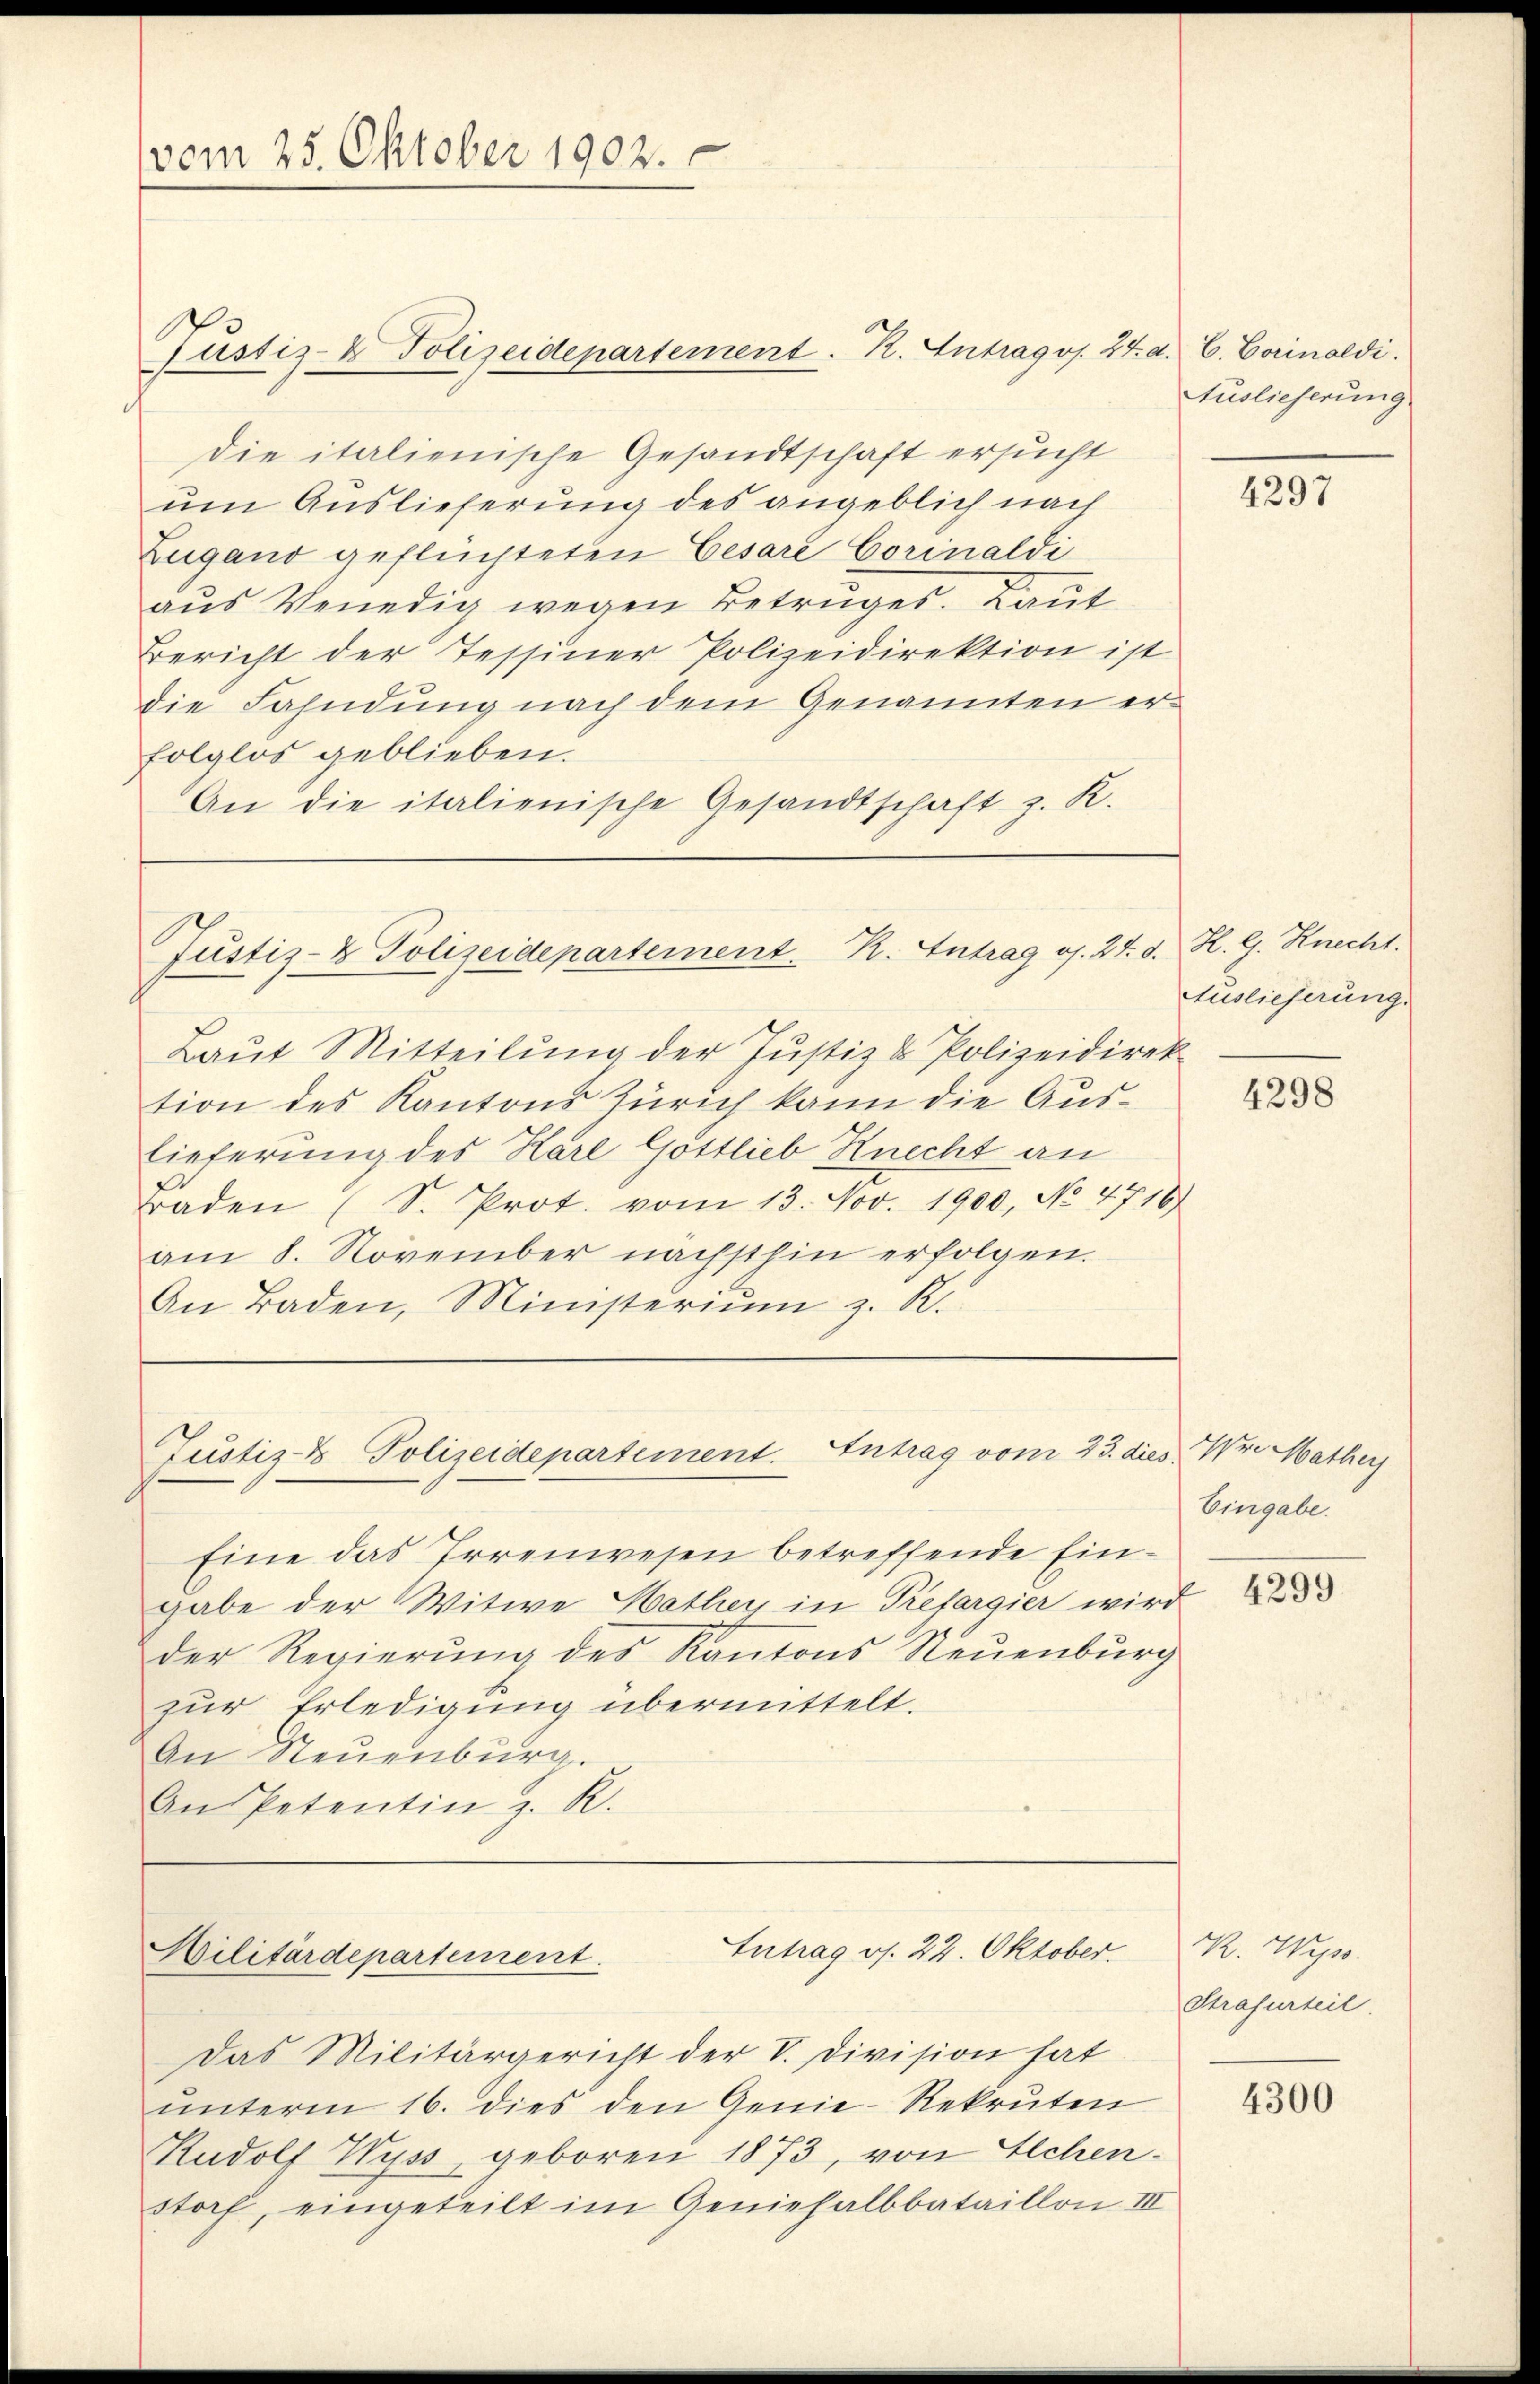
vom 25. Oktober 1902.

Pustiz- & Polizeidepartement. K. Antragos. 24. d. E. Gerinoldi.

Justiz- & Polizeidepartement. K. Antrag os. 24. d. H. G. Knecht.

Justiz- & Polizeidepartement. Antrag vom 23. dies Hr. Mather

die italienische Gesandtschaft ersucht
um Auslieferung des angeblich nach
Zugano geflüchteten Cesare Corinaldi
aus Venedig wegen Betruges. Laut
Bericht der Tessiner Polizeidirektion ist
die Fahndung nach dem Genannten erfolglos geblieben.
An die italienische Gesandtschaft z. K.

Intrag os. 22. Oktober.
Militärdepartement.

Laŭt Mitteilŭng der Justiz & Polizeidirek
tion des Kantons Zürich kann die Auslieferung des Karl Gottlieb Knecht an
rraden (S. Prot. vom 13. Nov. 1900, No 4716)
am 8. November nächsthin erfolgen.
An Baden, Ministeriŭm z. R.

Eine das Irrenwesen betreffende Eingabe der Witwe Hathey in Trefargier wird
der Regierung des Kantons Neuenburg
zur Erledigung übermittelt.
An Neuenburg.
An Petentin z. R.

Das Militärgericht der V. Division hat
unterm 16. dies den Genie-Rekruten
Rudolf Wyss, geboren 1873, von Eichen.
storf, eingeteilt im Geniehalbbataillon III

Auslieferung

4297

Auslieferung.

4298

Eingabe.
4299

K. Wyss.
Strafurteil.

4300